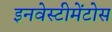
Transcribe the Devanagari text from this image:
इनवेस्टीमेंटोस